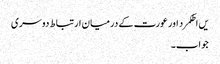
یں اطکمرد اور عورت کے درمیان ارتباط دوسری
جواب۔